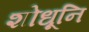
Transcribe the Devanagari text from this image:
शोधूनि